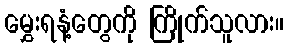
မွှေးရနံ့တွေကို ကြိုက်သူလား။